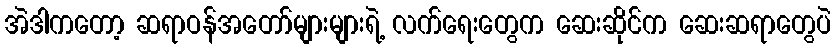
အဲဒါကတော့ ဆရာဝန်အတော်များများရဲ့ လက်ရေးတွေက ဆေးဆိုင်က ဆေးဆရာတွေပဲ